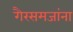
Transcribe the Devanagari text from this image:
गैरसमजांना